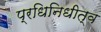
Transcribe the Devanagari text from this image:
प्रधिनिधीत्व